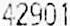
42901